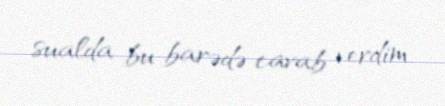
sualda bu barədə cavab verdim.